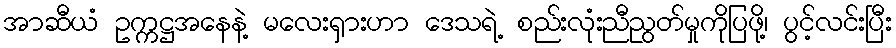
အာဆီယံ ဥက္ကဋ္ဌအနေနဲ့ မလေးရှားဟာ ဒေသရဲ့ စည်းလုံးညီညွတ်မှုကိုပြဖို့၊ ပွင့်လင်းပြီး